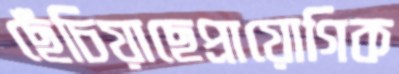
ছেঁচিয়াছেপ্রায়োগিক